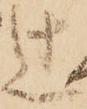
辻